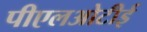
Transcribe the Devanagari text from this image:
पीएलओटीई